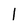
Character: 1